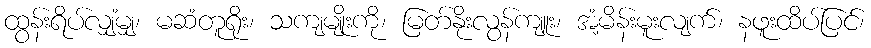
ထွန်းရိပ်လျှံမျှ၊ မဆံတူရိုး၊ သကျမျိုးကို၊ မြတ်နိုးလွန်ကျူး၊ အံ့မိန်းမူးလျက်၊ နဖူးထိပ်ပြင်၊